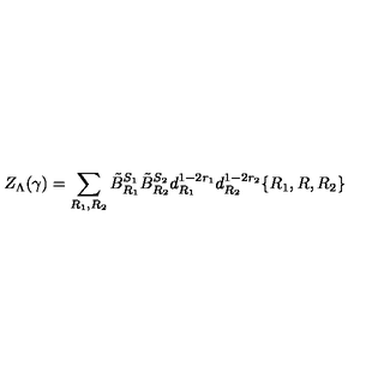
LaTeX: Z _ { \Lambda } ( \gamma ) = \sum _ { R _ { 1 } , R _ { 2 } } \tilde { B } _ { R _ { 1 } } ^ { S _ { 1 } } \tilde { B } _ { R _ { 2 } } ^ { S _ { 2 } } d _ { R _ { 1 } } ^ { 1 - 2 r _ { 1 } } d _ { R _ { 2 } } ^ { 1 - 2 r _ { 2 } } \{ R _ { 1 } , R , R _ { 2 } \}